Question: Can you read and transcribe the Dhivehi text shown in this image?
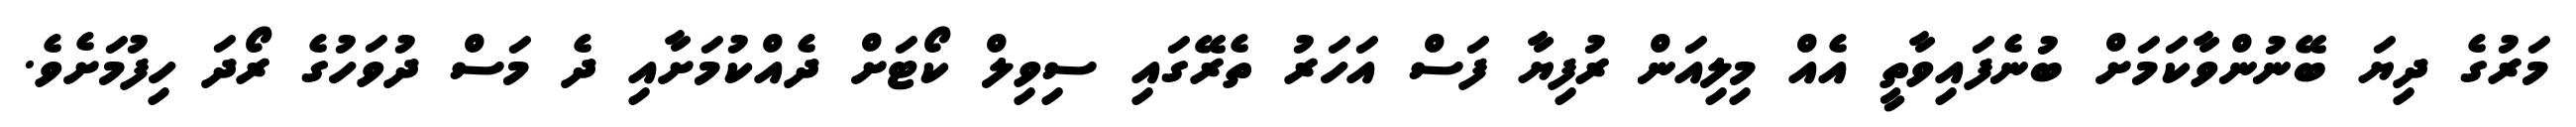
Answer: މަރުގެ ދިޔަ ބޭނުންވާކަމަށް ބުނެފައިވާތީ އެއް މިލިއަން ރުފިޔާ ފަސް އަހަރު ތެރޭގައި ސިވިލް ކޯޓަށް ދެއްކުމަށާއި ދެ މަސް ދުވަހުގެ ރޯދަ ހިފުމަށެވެ.